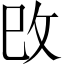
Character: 攺